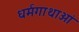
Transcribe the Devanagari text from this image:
धर्मगाथाओं